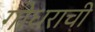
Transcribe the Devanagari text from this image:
गोधराची